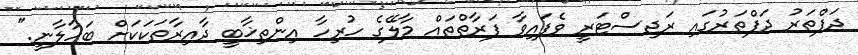
ދަފްތަރު ދަފްތަރުގައި ރަޖިސްޓަރީ ވެފައިވާ ފަރާތްތައް މާލޭގެ ހުރިހާ އިންތިޚާބީ ދާއިރާތަކަކަށް ބަހާލާނީ."